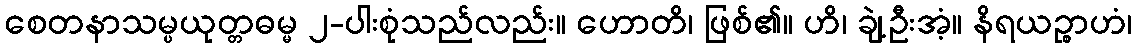
စေတနာသမ္ပယုတ္တဓမ္မ ၂-ပါးစုံသည်လည်း။ ဟောတိ၊ ဖြစ်၏။ ဟိ၊ ချဲ့ဦးအံ့။ နိရယဉ္စာဟံ၊